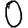
Digit: 0